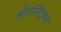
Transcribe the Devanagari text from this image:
झोरास्ट्रियन